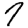
Digit: 7